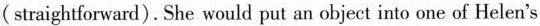
( straightforward). She would put an object into one of Helen's